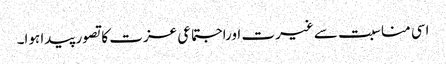
اسی مناسبت سے غیرت اوراجتماعی عزت کا تصور پیدا ہوا۔